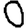
Digit: 0